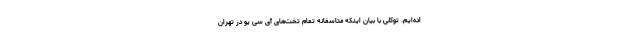
اده‌ایم. توکلی با بیان اینکه متاسفانه تمام تخت‌های آی سی یو در تهران